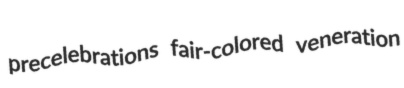
precelebrations fair-colored veneration